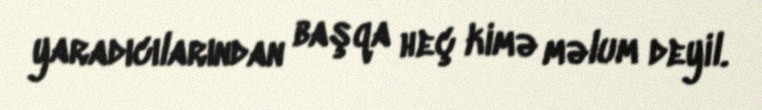
yaradıcılarından başqa heç kimə məlum deyil.